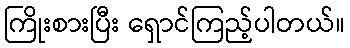
ကြိုးစားပြီး ရှောင်ကြည့်ပါတယ်။